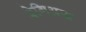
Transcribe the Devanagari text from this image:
रेगिअस